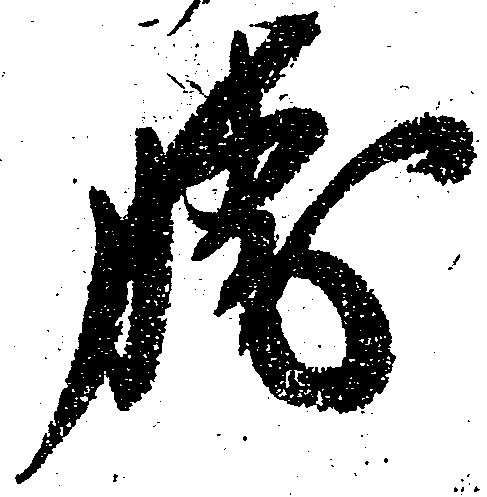
勝